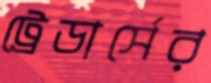
ট্রেডার্সের